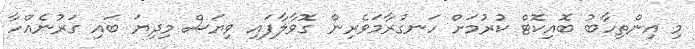
މި އިންތިހާބު ބޮއިކޮޓް ކުރުމަށް ހަނގުރާމަވެރިން ގޮވާލާފައި ވިޔަސް މިދިޔަ ބައި ގަރުނެއްހާ